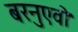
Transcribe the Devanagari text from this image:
बरनुएवो